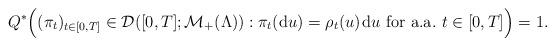
LaTeX: \begin{align*} Q^*\Bigl((\pi_t)_{t\in[0,T]}\in\mathcal D([0,T];\mathcal M_+(\Lambda)) : \pi_t(\mathrm du) = \rho_t(u)\;\! \mathrm du\textrm{ for a.a.}~t\in[0,T]\Bigr)=1.\end{align*}